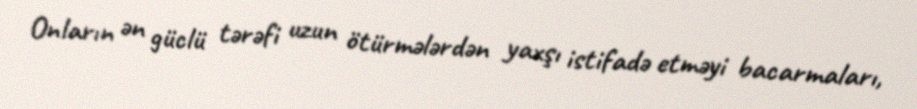
Onların ən güclü tərəfi uzun ötürmələrdən yaxşı istifadə etməyi bacarmaları,